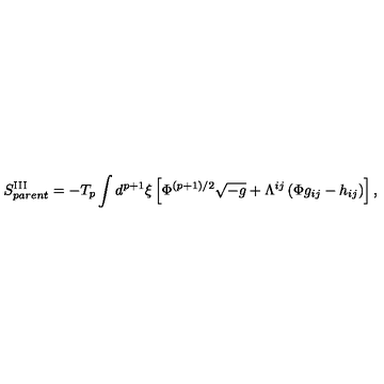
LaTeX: S _ { p a r e n t } ^ { \mathrm { I I I } } = - T _ { p } \int d ^ { p + 1 } { \xi } \left[ { \Phi } ^ { ( p + 1 ) / 2 } \sqrt { - g } + { \Lambda } ^ { i j } \left( { \Phi } g _ { i j } - h _ { i j } \right) \right] ,